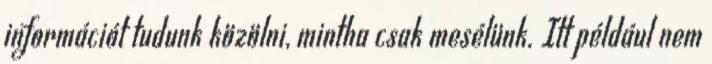
információt tudunk közölni, mintha csak mesélünk. Itt például nem